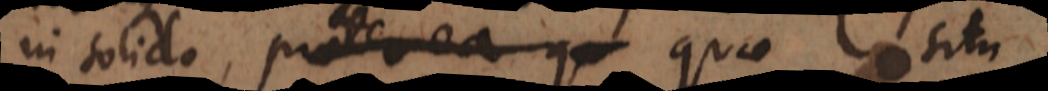
in solido, praeterea qu quae situ